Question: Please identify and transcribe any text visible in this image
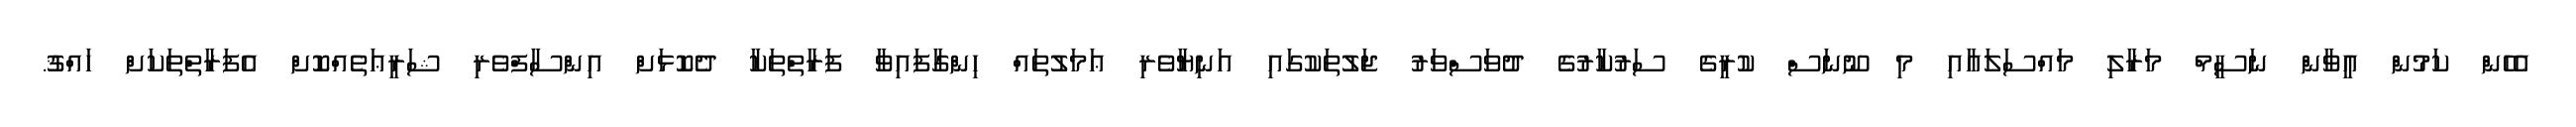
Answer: އެހެން ކަމުން އީވާން ނަސީމް މަރާލި މައްސަލައާއި މި ނޫނަސް ކުރީގެ ސަރުކާރުގެ ދުވަސްވަރު ޖަލުތަކުގައި އަނިޔާވެރި ޢަމަލުތައް ހިންގާފައިވާ ފަރާތްތަކާ ދެކޮޅަށް އިންސާފްވެރި ޝަރީޢަތެއްކޮށް އެފަރާތްތަކަށް ހައްޤު.